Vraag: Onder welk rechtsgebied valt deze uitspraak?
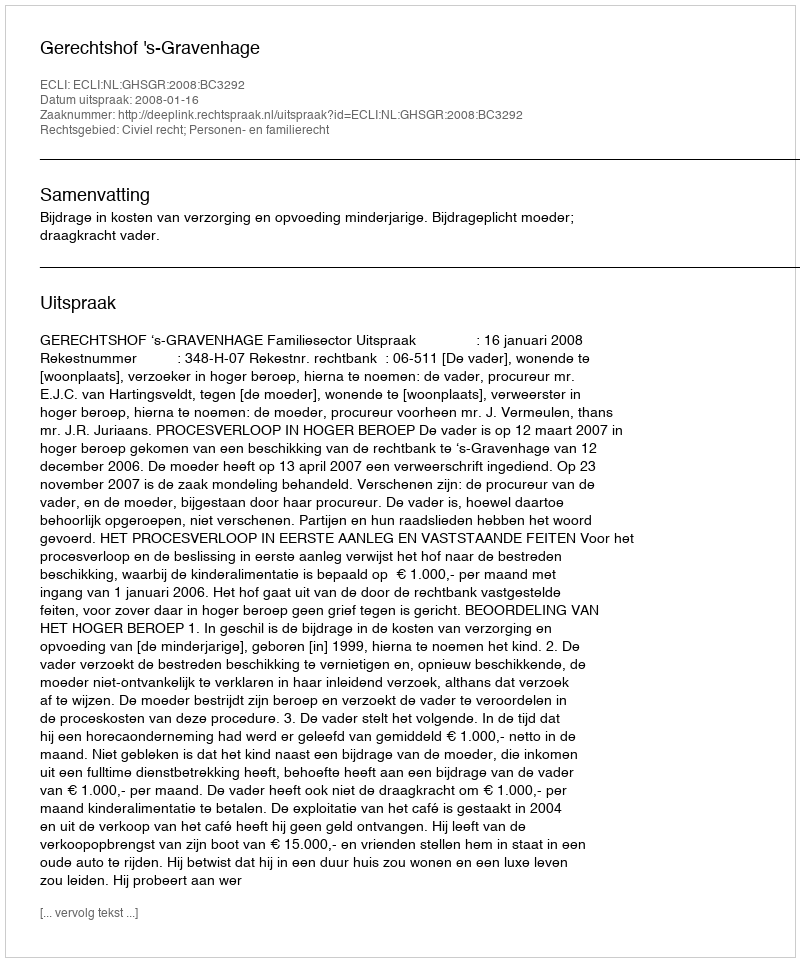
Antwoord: Civiel recht; Personen- en familierecht